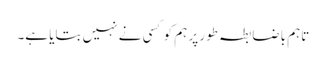
تاہم باضابطہ طور پر ہم کو کسی نے نہیں بتایا ہے۔